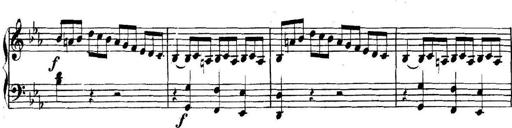
Title: Collected Piano Sonatas
Composer: Muzio Clementi